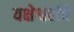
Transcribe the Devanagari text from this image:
यक्षेश्वरांचे